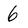
Character: 6